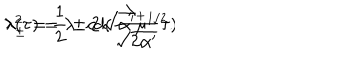
\lambda ( \tau ) = \lambda _ { - } c d ( \frac { \lambda _ { + } } { \sqrt { 2 \alpha ^ { \prime } } } \tau ) \hspace { 1 i n } \lambda _ { \pm } ^ { 2 } = \frac { 1 } { 2 } \pm 2 \sqrt { \alpha ^ { \prime } } \mu ^ { 1 / 2 } .